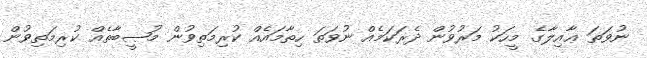
ނުވަތަ ޢާއިލާގެ މީހަކު މަރުވުން ދެރަކަމެއް ނުވަތަ ހިތާމައެއް ކުރިމަތިވުން މުޞީބާތެއް ކުރިމަތިވުން